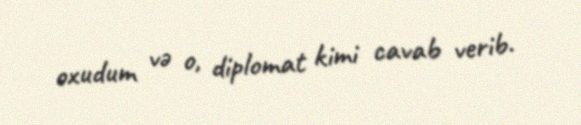
oxudum və o, diplomat kimi cavab verib.